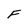
Character: F